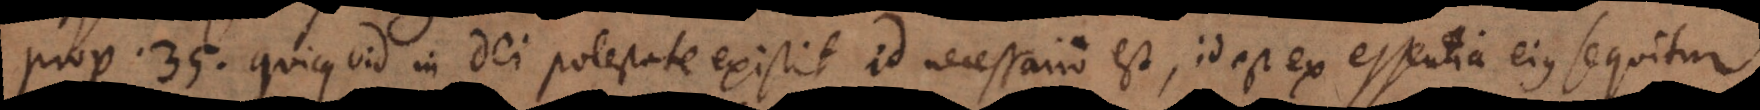
o 3 5. Quicquid in Dei potestate existit id necessario est, id est ex essentia eius sequitur.